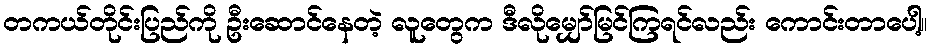
တကယ်တိုင်းပြည်ကို ဦးဆောင်နေတဲ့ လူတွေက ဒီလိုမျှော်မြင်ကြရင်လည်း ကောင်းတာပေါ့။